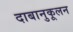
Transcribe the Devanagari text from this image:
दाबानुकूलन